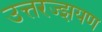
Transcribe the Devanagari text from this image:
उत्तरज्झयण